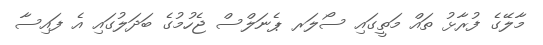
މާލޭގެ ފުރާޅު ތައް މަތީގައި ސޯލަރ ޕެނަލްސް ޖެހުމުގެ ބަދަލުގައި އެ ފައިސާ